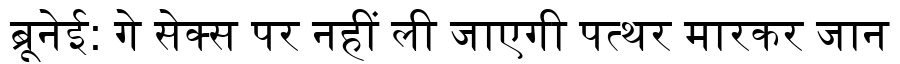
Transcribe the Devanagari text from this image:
ब्रूनेई: गे सेक्स पर नहीं ली जाएगी पत्थर मारकर जान